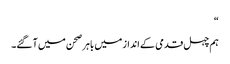
“
ہم چہل قدمی کے انداز میں باہر صحن میں آ گئے۔